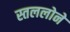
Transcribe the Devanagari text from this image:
स्तललोने